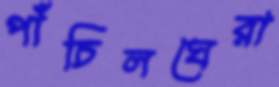
পাঁচিলঘেরা